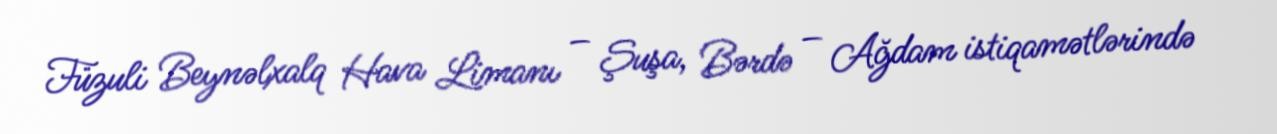
Füzuli Beynəlxalq Hava Limanı – Şuşa, Bərdə – Ağdam istiqamətlərində